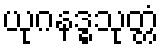
ယုဂနဒ္ဓသုတ္တံ